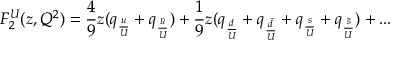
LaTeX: F _ { 2 } ^ { U } ( z , Q ^ { 2 } ) = \frac { 4 } { 9 } z ( q _ { \frac { u } { U } } + q _ { \frac { \bar { u } } { U } } ) + \frac { 1 } { 9 } z ( q _ { \frac { d } { U } } + q _ { \frac { \bar { d } } { U } } + q _ { \frac { s } { U } } + q _ { \frac { \bar { s } } { U } } ) + . . .